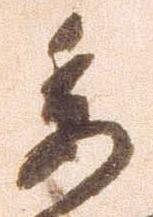
委